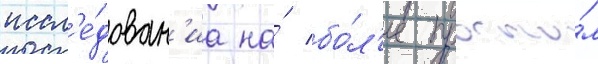
иссл'е́дован'иа на́ бо́л'ее просто́м